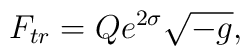
F_{tr}=Qe^{2\sigma}\sqrt{-g},